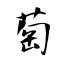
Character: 萄